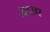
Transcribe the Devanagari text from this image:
आरप